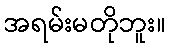
အရမ်းမတိုဘူး။